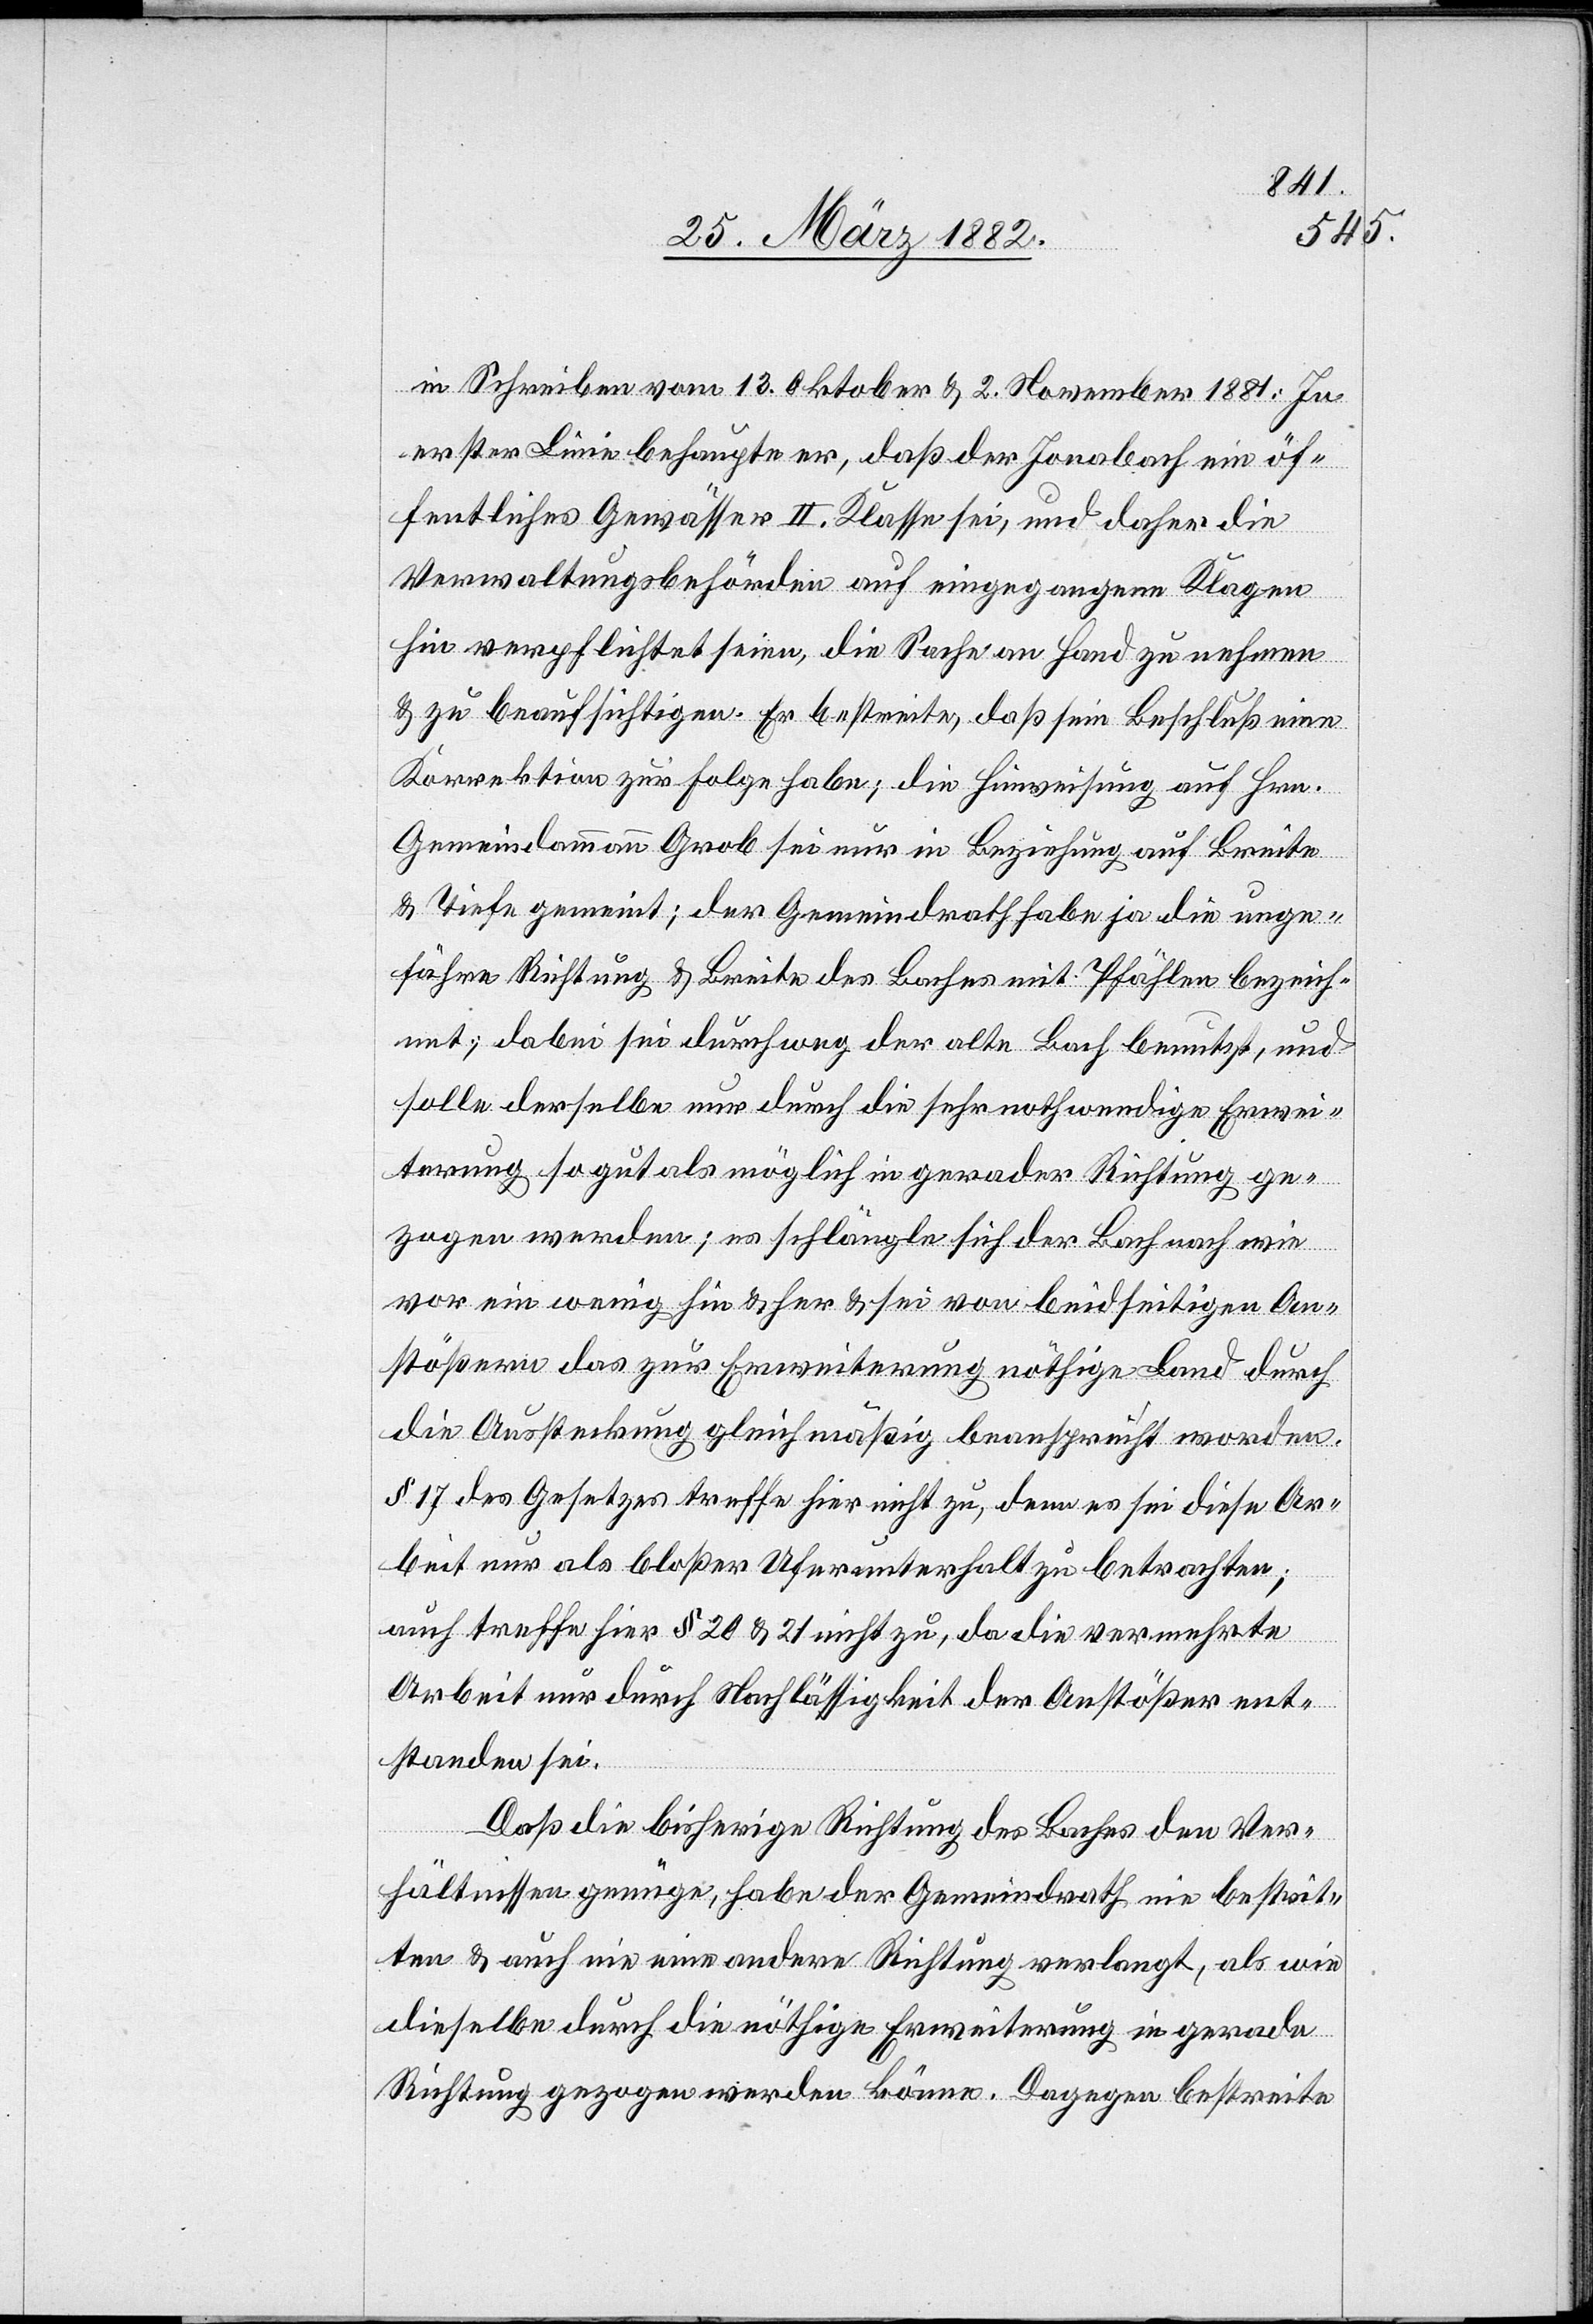
in Schreiben vom 13. Oktober & 2. November 1881: In
erster Linie behaupte er, daß der Jonabach ein öf¬
fentliches Gewässer II. Klasse sei, und daher die
Verwaltungsbehörden auf eingegangene Klage
hin verpflichtet seinen, die Sache an Hand zu nehmen
& zu beaufsichtigen. Er bestreite, daß sein Beschluß eine
Korrektion zur Folge habe; die Hinweisung auf Hrn.
Gemeindeammann Grob sei nur in Beziehung auf Breite
& Tiefe gemeint; der Gemeindrath habe ja die unge¬
fähre Richtung & Breite des Baches mit Pfählen bezeich¬
net; dabei sei durchwegs der alte Bach benutzt, und
solle derselbe nur durch die sehr nothwendige Erwei¬
terung so gut als möglich in gerader Richtung ge¬
zogen werden; es schlängle sich der Bach nach wie
vor ein wenig hin & her & sei von beidseitigen An¬
stößern das zur Erweiterung nöthige Land durch
die Aussteckung gleichmäßig beansprucht worden.
§ 17 des Gesetzes treffe hier nicht zu, denn es sei diese Ar¬
beit nur als bloßer Uferunterhalt zu betrachten;
auch treffe hier § 20 & 21 nicht zu, da die vermehrte
Arbeit nur durch Nachlässigkeit der Anstößer ent¬
standen sei.
Daß die bisherige Richtung des Baches den Ver¬
hältnissen genüge, habe der Gemeindrath nie bestrit¬
ten & auch nie eine andere Richtung verlangt, als wie
dieselbe durch die nöthige Erweiterung in gerade
Richtung gezogen werden könne. Dagegen bestreite